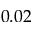
0 . 0 2